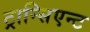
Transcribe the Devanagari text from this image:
ट्रान्सिएन्ट